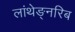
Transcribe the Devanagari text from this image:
लांथेङ्नरिब